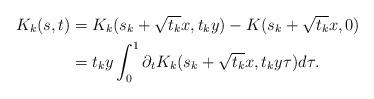
LaTeX: \begin{align*}K_k(s,t)&=K_k(s_k+\sqrt{t_k}x, t_ky)-K(s_k+\sqrt{t_k}x, 0)\\&=t_ky\int_0^1\partial_tK_k(s_k+\sqrt{t_k}x, t_ky\tau)d\tau.\end{align*}